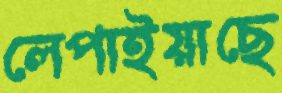
লেপাইয়াছে